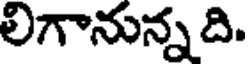
లిగానున్నది.